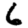
Digit: 6